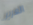
الغرير